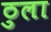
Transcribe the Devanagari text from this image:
ठुला